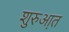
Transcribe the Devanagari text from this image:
शुरुआ़त